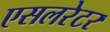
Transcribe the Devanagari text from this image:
एसलरेटर